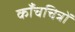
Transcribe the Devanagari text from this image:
काँचचित्रों